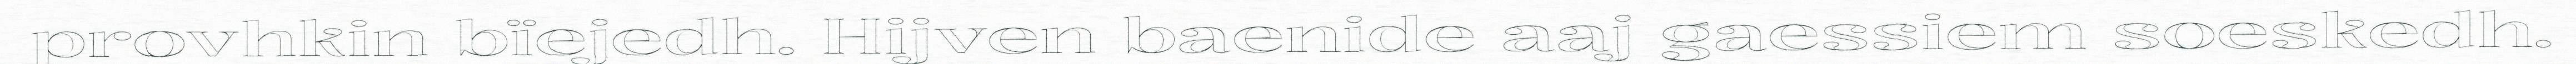
provhkin bïejedh. Hijven baenide aaj gaessiem soeskedh.